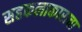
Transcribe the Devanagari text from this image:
सहकलाकाराचा